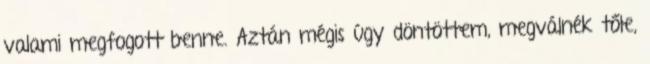
valami megfogott benne. Aztán mégis úgy döntöttem, megválnék tőle,